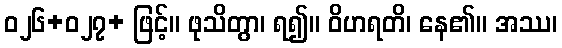
ဝ၂၆+၀၂၇+ ဖြင့်။ ဖုသိတွာ၊ ရ၍။ ဝိဟရတိ၊ နေ၏။ အဿ၊